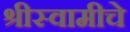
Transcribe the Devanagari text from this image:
श्रीस्वामीचे